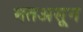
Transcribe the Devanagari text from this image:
मतअसून